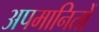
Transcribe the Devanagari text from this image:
अपमानितों